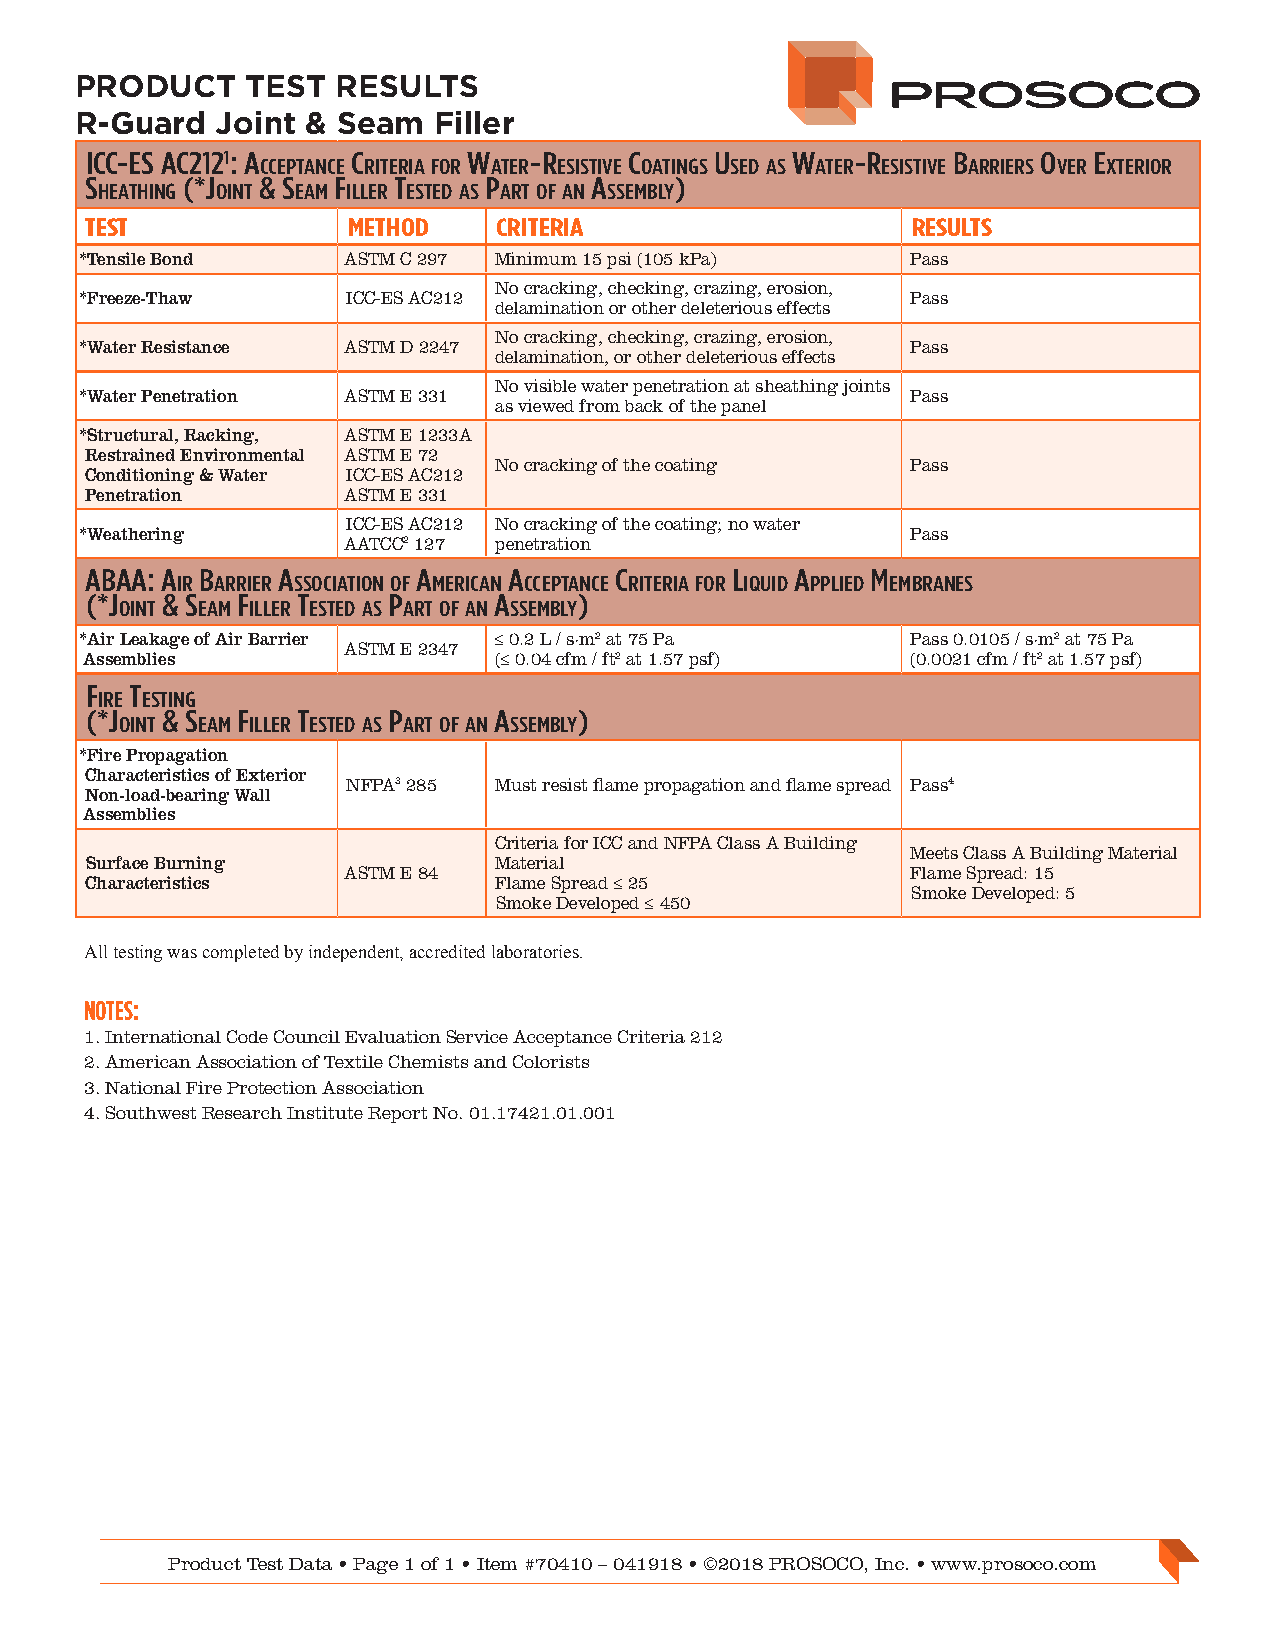
PRODUCT    TEST  RESULTS
 R-Guard  Joint & Seam   Filler
 ICC-ES AC2121: A C       W   -r     C    U    W    -r    B     o  E
 CCEptAnCE rItErIA for AtEr ESIStIvE oAtIngS SEd AS AtEr ESIStIvE ArrIErS vEr xtErIor
 S     (*J  & S  f   t     p      A     )
 hEAthIng oInt EAm IllEr EStEd AS Art of An SSEmBly
 TEST             METHOD    CRITERIA                   RESULTS
 *Tensile Bond     ASTM C 297 Minimum 15 psi (105 kPa)  Pass
 No cracking, checking, crazing, erosion,
 *Freeze-Thaw      ICC-ES AC212                         Pass
 delamination or other deleterious effects
 No cracking, checking, crazing, erosion,
 *Water Resistance ASTM D 2247                          Pass
 delamination, or other deleterious effects
 No visible water penetration at sheathing joints
 *Water Penetration ASTM E 331                          Pass
 as viewed from back of the panel
 *Structural, Racking, ASTM E 1233A
 Restrained Environmental ASTM E 72
 No cracking of the coating Pass
 Conditioning & Water ICC-ES AC212
 Penetration      ASTM E 331
 ICC-ES AC212 No cracking of the coating; no water
 *Weathering                                            Pass
 AATCC2 127 penetration
 ABAA: A B   A         A     A      C      l    A    m
 Ir ArrIEr SSoCIAtIon of mErICAn CCEptAnCE rItErIA for IqUId pplIEd EmBrAnES
 (*J  & S  f   t     p      A    )
 oInt EAm IllEr EStEd AS Art of An SSEmBly
 *Air Leakage of Air Barrier ≤ 0.2 L / s·m2 at 75 Pa    Pass 0.0105 / s·m2 at 75 Pa
 ASTM E 2347
 Assemblies                 (≤ 0.04 cfm / ft2 at 1.57 psf) (0.0021 cfm / ft2 at 1.57 psf)
 f  t
 IrE EStIng
 (*J  & S  f   t     p      A    )
 oInt EAm IllEr EStEd AS Art of An SSEmBly
 *Fire Propagation
 Characteristics of Exterior
 NFPA3 285 Must resist flame propagation and flame spread Pass4
 Non-load-bearing Wall
 Assemblies
 Criteria for ICC and NFPA Class A Building
 Meets Class A Building Material
 Surface Burning            Material
 ASTM E 84                            Flame Spread: 15
 Characteristics            Flame Spread ≤ 25
 Smoke Developed: 5
 Smoke Developed ≤ 450
 All testing was completed by independent, accredited laboratories.
 NOTES:
 1. International Code Council Evaluation Service Acceptance Criteria 212
 2. American Association of Textile Chemists and Colorists
 3. National Fire Protection Association
 4. Southwest Research Institute Report No. 01.17421.01.001
 Product Test Data • Page 1 of 1 • Item #70410 – 041918 • ©2018 PROSOCO, Inc. • www.prosoco.com